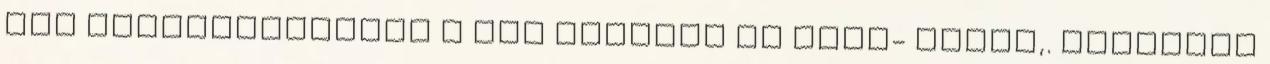
nap biztosíthatjuk a bőr számára az anti- aging,. Hauschka